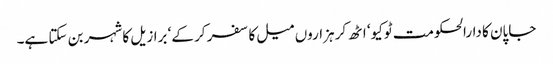
جاپان کا دارالحکومت ٹوکیو‘ اٹھ کر ہزاروں میل کا سفر کر کے‘ برازیل کا شہر بن سکتا ہے۔